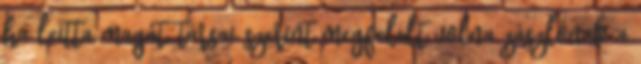
ha leitta magát, társai szerint megfelelt volna zászlónak a